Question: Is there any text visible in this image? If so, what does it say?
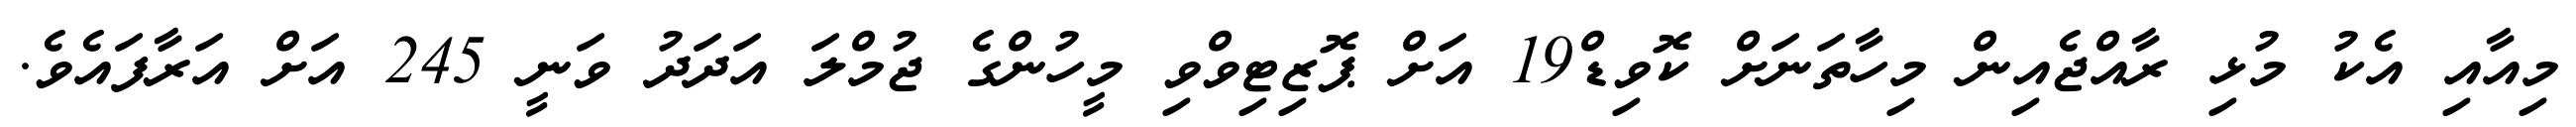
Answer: މިއާއި އެކު މުޅި ރާއްޖެއިން މިހާތަނަށް ކޮވިޑް19 އަށް ޕޮޒިޓިވްވި މީހުންގެ ޖުމްލަ އަދަދު ވަނީ 245 އަށް އަރާފައެވެ.